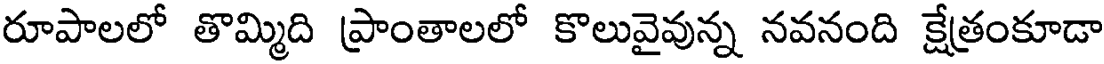
రూపాలలో తొమ్మిది ప్రాంతాలలో కొలువైవున్న నవనంది క్షేత్రంకూడా